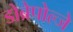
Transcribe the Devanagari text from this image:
डोब्रेपोल्जे